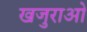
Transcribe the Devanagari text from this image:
खजुराओ